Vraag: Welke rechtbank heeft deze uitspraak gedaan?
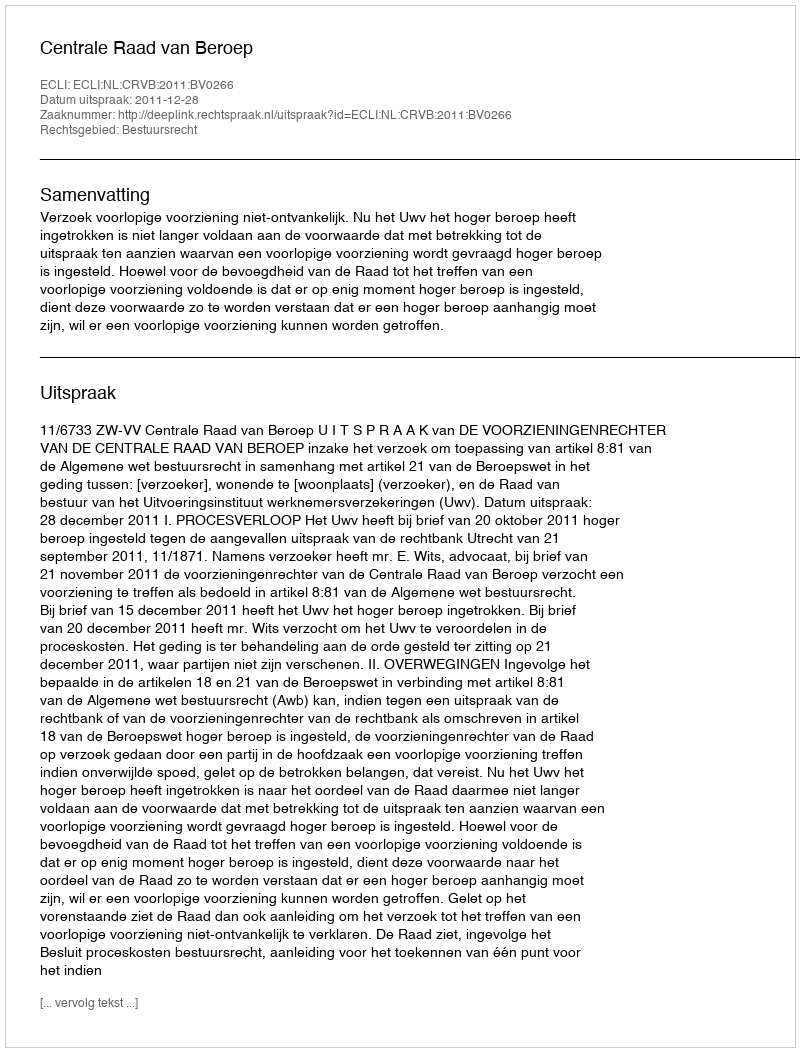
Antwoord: Centrale Raad van Beroep